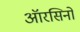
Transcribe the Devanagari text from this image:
ऑरसिनो